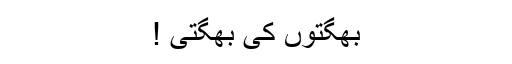
بھگتوں کی بھگتی !